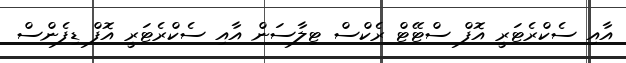
އާއި ސެކްރެޓަރީ އޮފް ސްޓޭޭޓް ރެކްސް ޓިލާސަން އާއި ސެކްރެޓަރީ އޮފް ޑިފެންސް